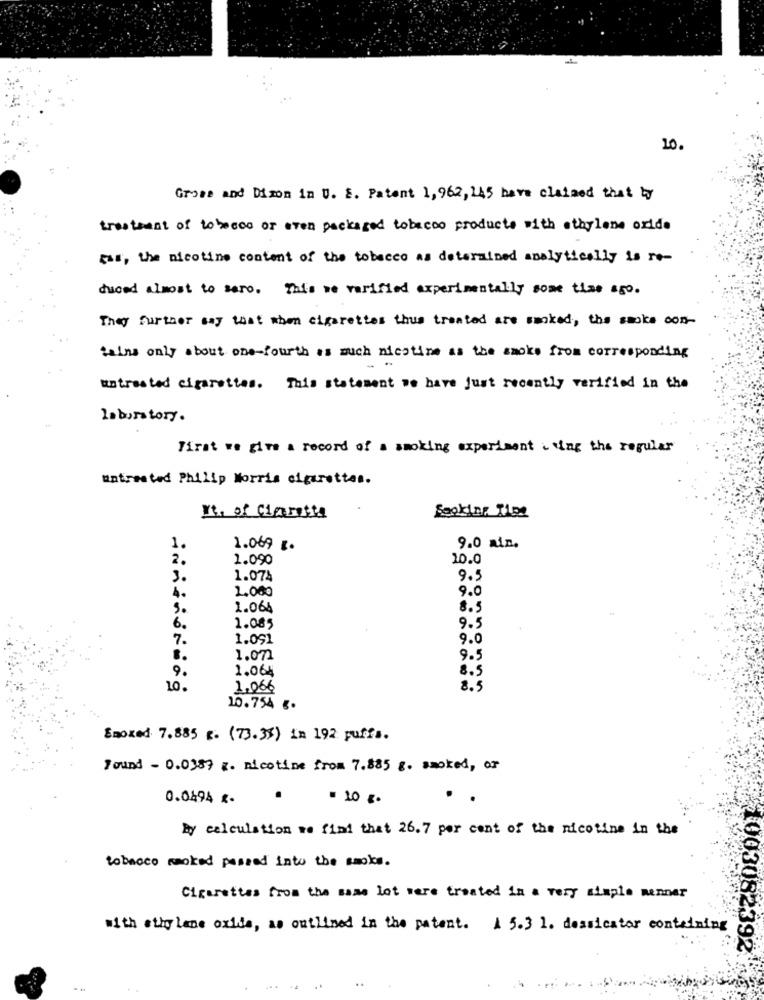
10.
Gross and Dison in U. S. Patent 1, 962, 145 have claimed that by
tresteast of tobacco or even packaged tobacco products with athylene oxide
Ess, the nicotine content of the tobacco as determined analytically is re-
duced almost to sero. This we varified experimentally some time ago.
They further say that when cigarettes thus treated are smoked, the smoke con-
tains only about one-fourth as much nicotine as the smoke from corresponding
untreated cigarettes. This statement we have just recently verified in the
laboratory.
First we give a record of a smoking experiment using the regular
untreated Philip Morris cigarettes.
It, of Cigaretta
Seokinr Tips
1.
1.069 g.
9.0 min.
2.
1.090
10.0
3.
1.074
9.5
4.
2.000
9.0
1.064
8.5
6.
1.085
9.5
7.
1.091
9.0
1.071
9.5
9.
1.064
8.5
10.
1.066
8.5
10.754 g.
Smoked 7.885 g. (73.33) in 192 puffs.
Found - 0.0389 z. nicotine from 7.885 g. smoked, or
0.0494 %.
.
= 10 g.
..
By calculation we find that 26.7 per cent of the nicotine in the
tobacco noked passed into the smoke.
Cigarettes from the same lot were treated in a very simple manner
with ethy lene oxide, as outlined in the patent. A 5.3 1. dessicator containing
003082392